Report of the Indian Hemp Drugs Commission, 1894-1895 - Volume V
Year: 1894
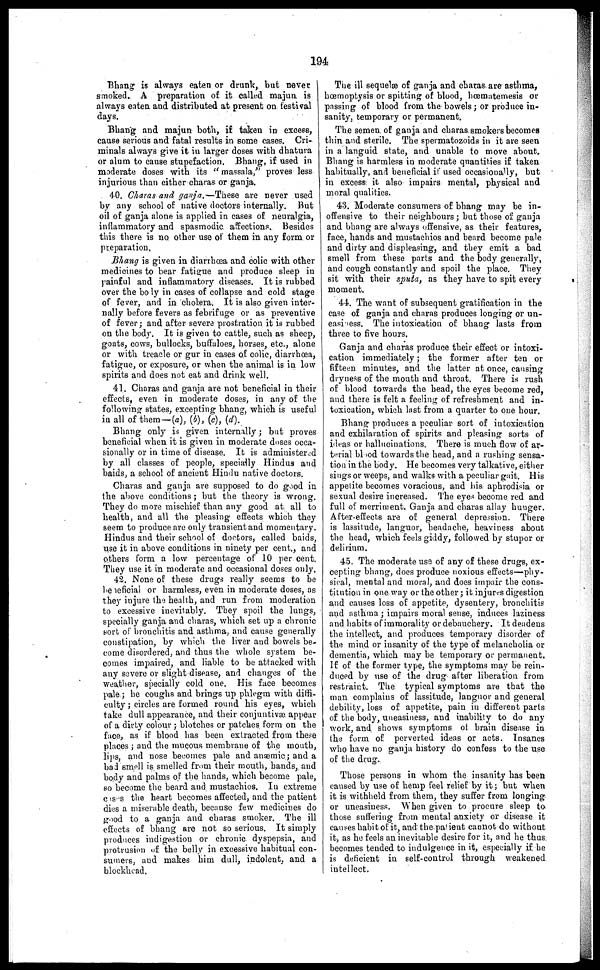
194
Bhang is always eaten or drunk, but never I
smoked. A preparation of it called majun is
always eaten and distributed at present on festival
days.
Bhang and majun both, if taken in excess,
cause serious and fatal results in some cases. Cri-
minals always give it in larger doses with dhatura
or alum to cause stupefaction. Bhang, if used in
moderate doses with its "massala," proves less
injurious than either charas or ganja,
40. Charas and ganja.—These
are never used
by any school of native doctors internally. But
oil of ganja alone is applied in cases of neuralgia,
inflammatory and spasmodic affections.
Besides
this there is no other use of them in any form or
preparation.
Bhang is given in diarrhoea and colic with other
medicines to bear fatigue and produce sleep in
painful and inflammatory diseases. It is rubbed
over the body in cases of collapse and cold stage
of fever, and in cholera. It is also given inter-
nally before fevers as febrifuge or as preventive
of fever; and after severe prostration it is rubbed
on the body. It is given to cattle, such as sheep,
goats, cows, bullocks, buffaloes, horses, etc., alone
or with treacle or gur in cases of colic, diarrhoea,
fatigue, or exposure, or when the animal is in low
spirits and does not eat and drink well.
41. Charas and ganja are not beneficial in their
effects, even in moderate doses, in any of the
following states, excepting bhang, which is useful
in all of them—(a), (b), (c), (d).
Bhang only is given internally; but proves
beneficial when it is given in moderate doses occa-
sionally or in time of disease. It is administered
by all classes of people, specially Hindus and
baids, a school of ancient Hindu native doctors.
Charas and ganja are supposed to do good in
the above conditions ; but the theory is wrong.
They do more mischief than any good at all to
health, and all the pleasing effects which they
seem to produce are only transient and momentary.
Hindus and their school of doctors, called baids,
use it in above conditions in ninety per cent., and
others form a low percentage of 10 per cent.
They use it in moderate and occasional doses only.
42. None of these drugs really seems to be
be neficial or harmless, even in moderate doses, as
they injure the health, and run from moderation
to excessive inevitably. They spoil the lungs,
specially ganja and charas, which set up a chronic
sort of bronchitis and asthma, and cause generally
constipation, by which the liver and bowels be-
come disordered, and thus the whole system be-
comes impaired, and liable to be attacked with
any severe or slight disease, and changes of the
weather, specially cold one. His face becomes
pale; he coughs and brings up phlegm with diffi-
culty ; circles are formed round his eyes, which
take dull appearance, and their conjuntivæ appear
of a dirty colour ; blotches or patches form on the
face, as if blood has been extracted from these
places ; and the mucous membrane of the mouth,
lips, and nose heroines pale and anaemic; and a
bad smell is smelled from their mouth, hands, and
body and palms of the hands, which become pale,
so become the beard and mustachios. In extreme
cases the heart becomes affected, and the patient
dies a miserable death, because few medicines do
good to a ganja and charas smoker. The ill
effects of bhang are not so serious. It simply
produces indigestion or chronic dyspepsia, and
protrusion of the belly in excessive habitual con-
sumers, and makes him dull, indolent, and a
blockhead.
The ill sequelæ of ganja and charas are asthma,
hœmoptysis or spitting of blood, hœmatemesis or
passing of blood from the bowels; or produce in-
sanity, temporary or permanent.
The semen of ganja and charas smokers becomes
thin and sterile. The spermatozoids in it are seen
in a languid state, and unable to move about.
Bhang is harmless in moderate quantities if taken
habitually, and beneficial if used occasionally, but
in excess it also impairs mental, physical and
moral qualities.
43. Moderate consumers of bhang may be in-
offensive to their neighbours; but those of ganja
and bhang are always offensive, as their features,
face, hands and mustachios and beard become pale
and dirty and displeasing, and they emit a bad
smell from these parts and the body generally,
and cough constantly and spoil the place. They
sit with their sputa, as they have to spit every
moment.
44. The want of subsequent gratification in the
case of ganja and charas produces longing or un-
easiness. The intoxication of bhang lasts from
three to five hours.
Ganja and charas produce their effect or intoxi-
cation immediately; the former after ten or
fifteen minutes, and the latter at once, causing
dryness of the mouth and throat. There is rush
of blood towards the head, the eyes become red,
I and there is felt a feeling of refreshment and in-
toxication, which last from a quarter to one hour.
Bhang produces a peculiar sort of intoxication
and exhilaration of spirits and pleasing sorts of
ideas or hallucinations. There is much flow of ar-
terial blood towards the head, and a rushing sensa-
tion in the body. He becomes very talkative, either
sings or weeps, and walks with a peculiar gait. His
appetite becomes voracious, and his aphrodisia or
sexual desire increased. The eyes become red and
full of merriment. Ganja and charas allay hunger.
After-effects are of general depression. There
is lassitude, languor, headache, heaviness about
the head, which feels giddy, followed by stupor or
delirium.
45. The moderate use of any of these drugs, ex-
cepting bhang, does produce noxious effects—phy-
sical, mental and mora), and does impair the cons-
titution in one way or the other; it injures digestion
and causes loss of appetite, dysentery, bronchitis
and asthma; impairs moral sense, induces laziness
and habits of immorality or debauchery. It deadens
the intellect, and produces temporary disorder of
the mind or insanity of the type of melancholia or
dementia, which may be temporary or permanent.
If of the former type, the symptoms may be rein-
duced by use of the drug alter liberation from
restraint. The typical symptoms are that the
man complains of lassitude, languor and general
debility, loss of appetite, pain in different parts
of the body, uneasiness, and inability to do any
work, and shows symptoms of brain disease in
the form of perverted ideas or acts. Insanes
who have no ganja history do confess to the use
of the drug.
Those persons in whom the insanity has been
caused by use of hemp feel relief by it; but when
it is withheld from them, they suffer from longing
or uneasiness. When given to procure sleep to
those suffering from mental anxiety or disease it
causes habit of it, and the patient cannot do without
it, as he feels an inevitable desire for it, and he thus
becomes tended to indulgence in it, especially if be
is deficient in self-control through weakened
intellect.